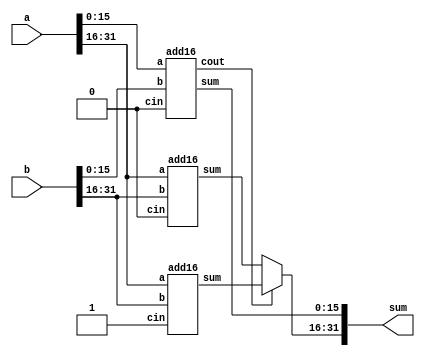
module top_module(
    input [31:0] a,
    input [31:0] b,
    output [31:0] sum
);

wire signwire;
wire [15:0]sel0;
wire [15:0]sel1;
add16 adder(a[15:0],b[15:0],1'b0,sum[15:0],signwire);
add16 num0(a[31:16],b[31:16],1'b0,sel0,);
add16 num01(a[31:16],b[31:16],1'b1,sel1,);

assign sum[31:16] = signwire? sel1 : sel0;

endmodule

module add16 ( 
    input[15:0] a, input[15:0] b, input cin, 
    output[15:0] sum, output cout );

endmodule